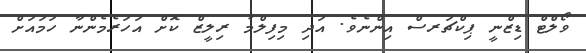
ވޯލްޓް ޑިޒްނީ ޕިކްޗަރސް އިންނެވެ. އަދި މިފިލްމު ރިލީޒް ކޮށް އަހަރެމެންނާ ހަމައަށް